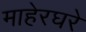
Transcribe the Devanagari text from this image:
माहेरघरे